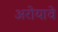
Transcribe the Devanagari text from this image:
अरोयावे